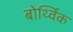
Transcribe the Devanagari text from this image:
बोर्थ्विक